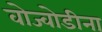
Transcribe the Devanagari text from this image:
वोज्वोडीना